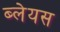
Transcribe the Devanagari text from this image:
ब्लेयस